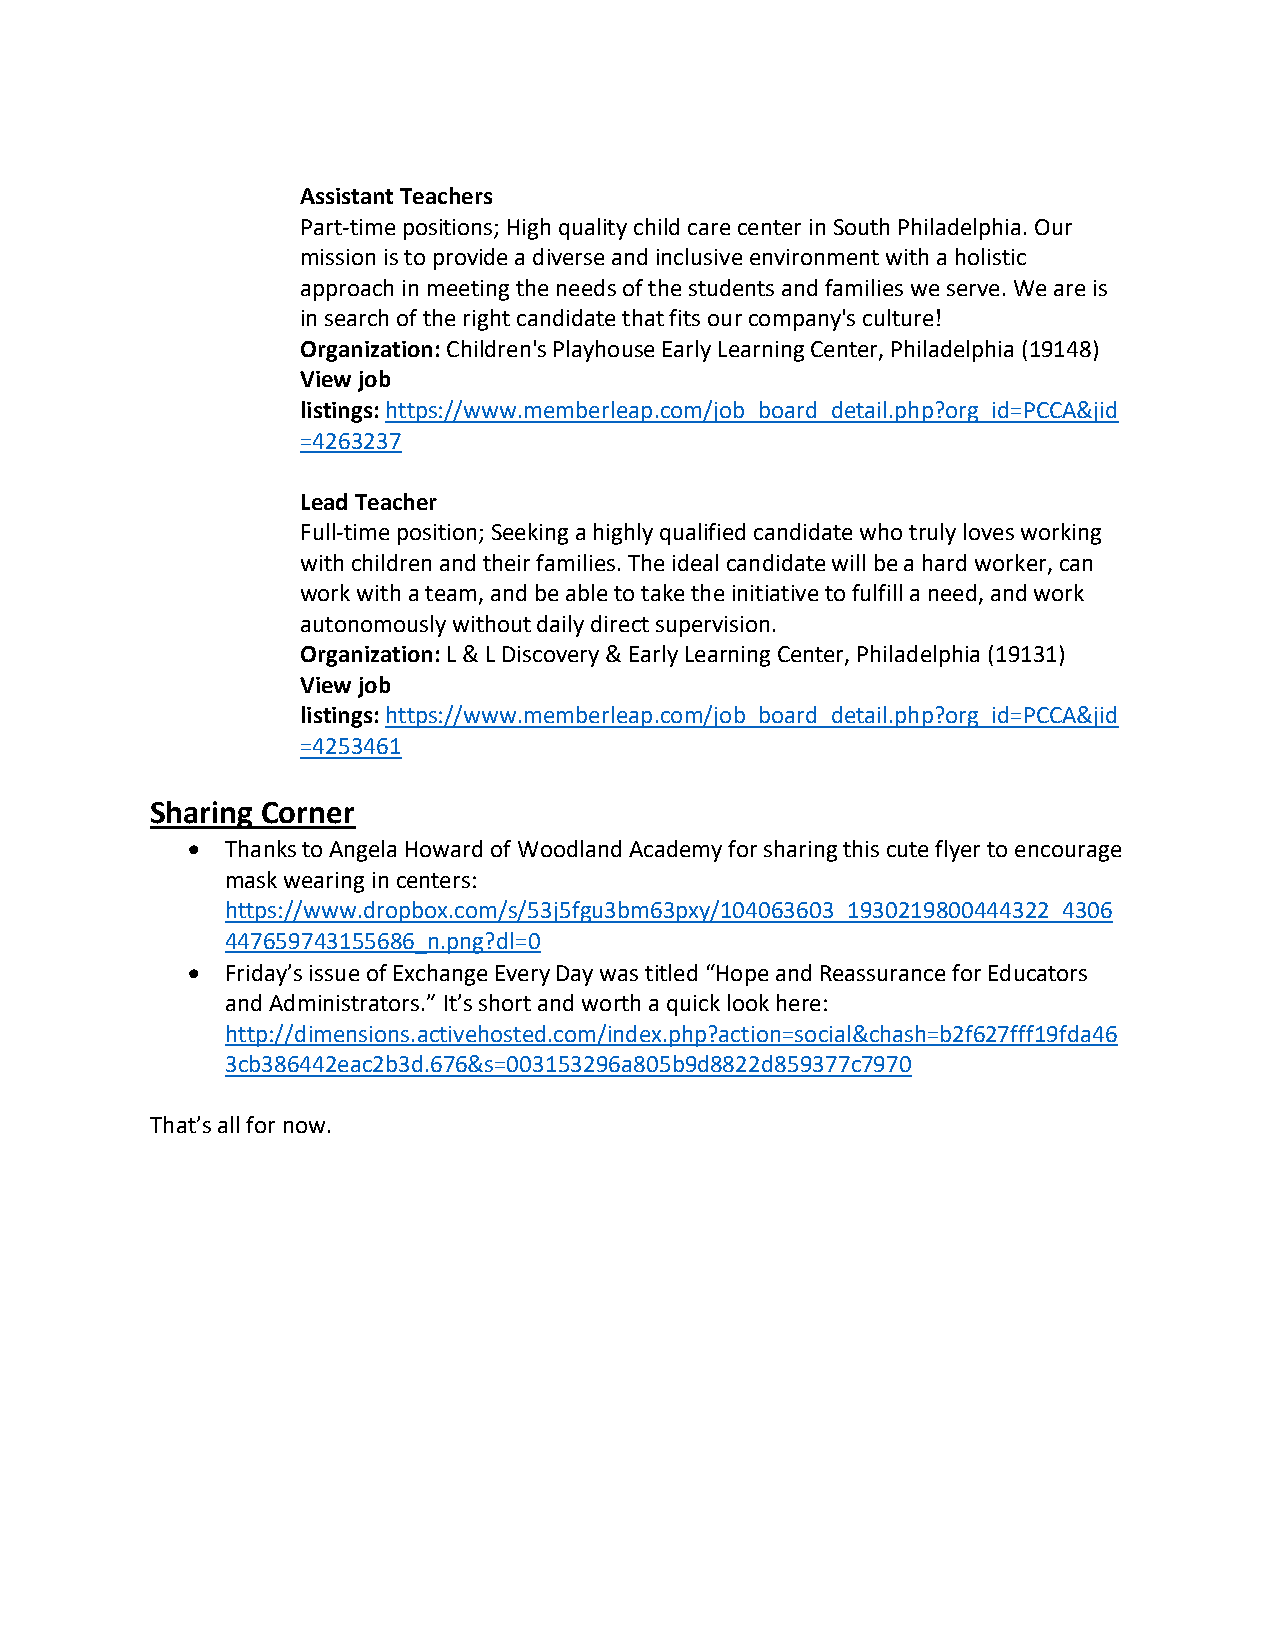
Assistant Teachers
 Part-time positions; High quality child care center in South Philadelphia. Our
 mission is to provide a diverse and inclusive environment with a holistic
 approach in meeting the needs of the students and families we serve. We are is
 in search of the right candidate that fits our company's culture!
 Organization: Children's Playhouse Early Learning Center, Philadelphia (19148)
 View job
 listings: https://www.memberleap.com/job_board_detail.php?org_id=PCCA&jid
 =4263237
 Lead Teacher
 Full-time position; Seeking a highly qualified candidate who truly loves working
 with children and their families. The ideal candidate will be a hard worker, can
 work with a team, and be able to take the initiative to fulfill a need, and work
 autonomously without daily direct supervision.
 Organization: L & L Discovery & Early Learning Center, Philadelphia (19131)
 View job
 listings: https://www.memberleap.com/job_board_detail.php?org_id=PCCA&jid
 =4253461
 Sharing Corner
 •  Thanks to Angela Howard of Woodland Academy for sharing this cute flyer to encourage
 mask wearing in centers:
 https://www.dropbox.com/s/53j5fgu3bm63pxy/104063603_1930219800444322_4306
 447659743155686_n.png?dl=0
 •  Friday’s issue of Exchange Every Day was titled “Hope and Reassurance for Educators
 and Administrators.” It’s short and worth a quick look here:
 http://dimensions.activehosted.com/index.php?action=social&chash=b2f627fff19fda46
 3cb386442eac2b3d.676&s=003153296a805b9d8822d859377c7970
 That’s all for now.